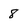
Character: 8